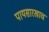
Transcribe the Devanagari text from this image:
पायसारखाच